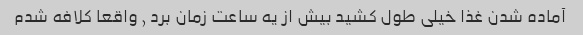
آماده شدن غذا خیلی طول کشید بیش از یه ساعت زمان برد , واقعا کلافه شدم